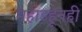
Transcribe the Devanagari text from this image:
महाडहूनही